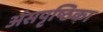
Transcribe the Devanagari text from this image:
अंसपृष्ठिका